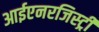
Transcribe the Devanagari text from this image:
आईएनरजिस्ट्री